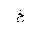
Letter: _kha